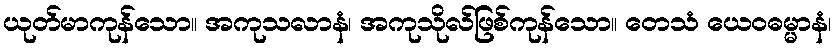
ယုတ်မာကုန်သော။ အကုသလာနံ၊ အကုသိုလ်ဖြစ်ကုန်သော။ တေသံ ယေဝဓမ္မာနံ၊